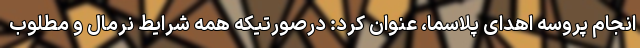
انجام پروسه اهدای پلاسما، عنوان کرد: درصورتیکه همه شرایط نرمال و مطلوب